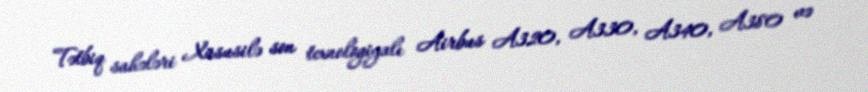
Tətbiq sahələri Xüsusilə son texnologiyalı Airbus A320, A330, A340, A380 və